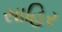
સાહિર